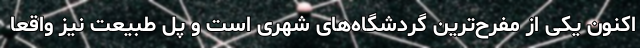
اکنون یکی از مفرح‌ترین گردشگاه‌های شهری است و پل طبیعت نیز واقعا